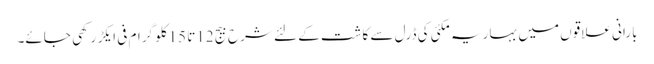
بارانی علاقوں میں بہاریہ مکئی کی ڈرل سے کاشت کے لئے شرح بیج 12تا 15کلو گرام فی ایکڑ رکھی جائے۔